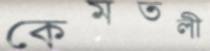
কেমতলী